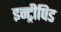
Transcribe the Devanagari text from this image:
इन्ट्रीपिड